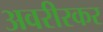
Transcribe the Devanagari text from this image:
अवरीरकर